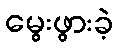
မွေးဖွားခဲ့